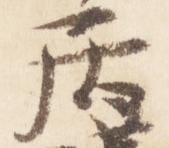
居